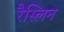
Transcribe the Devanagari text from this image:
रैस्लिन